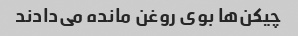
چیکن‌ها بوی روغن مانده می‌دادند